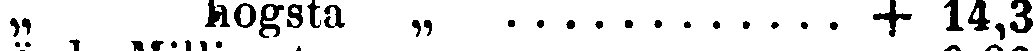
„ högsta „ + 14,3.